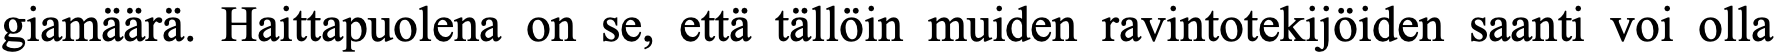
giamäärä. Haittapuolena on se, että tällöin muiden ravintotekijöiden saanti voi olla